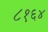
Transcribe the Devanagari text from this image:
८१६४